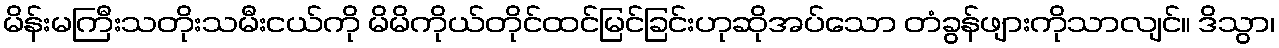
မိန်းမကြီးသတိုးသမီးငယ်ကို မိမိကိုယ်တိုင်ထင်မြင်ခြင်းဟုဆိုအပ်သော တံခွန်ဖျားကိုသာလျင်။ ဒိသွာ၊